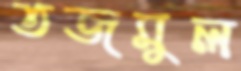
তজমুল